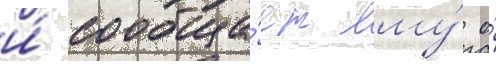
и́ сообща́ет ему́ о́